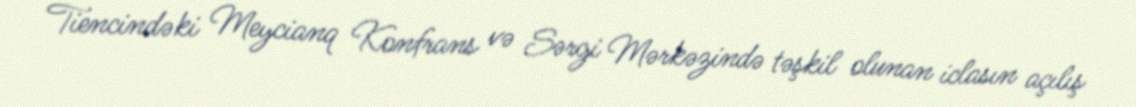
Tiencindəki Meycianq Konfrans və Sərgi Mərkəzində təşkil olunan iclasın açılış